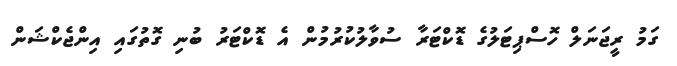
ގަމު ރީޖަނަލް ހޮސްޕިޓަލުގެ ޑޮކްޓަރާ ސުވާލުކުރުމުން އެ ޑޮކްޓަރު ބުނި ގޮތުގައި އިންޖެކްޝަން